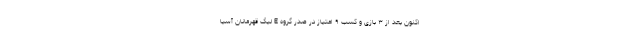
اکنون بعد از ۳ بازی و کسب ۹ امتیاز در صدر گروه E لیگ قهرمانان آسیا